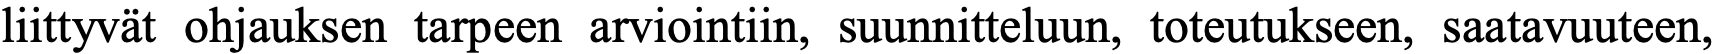
liittyvät ohjauksen tarpeen arviointiin, suunnitteluun, toteutukseen, saatavuuteen,